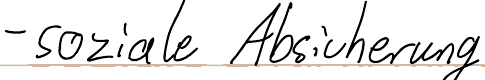
- soziale Absicherung